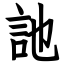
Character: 訑